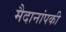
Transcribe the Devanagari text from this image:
मैदानांपकी